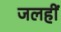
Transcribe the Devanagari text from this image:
जलहीं